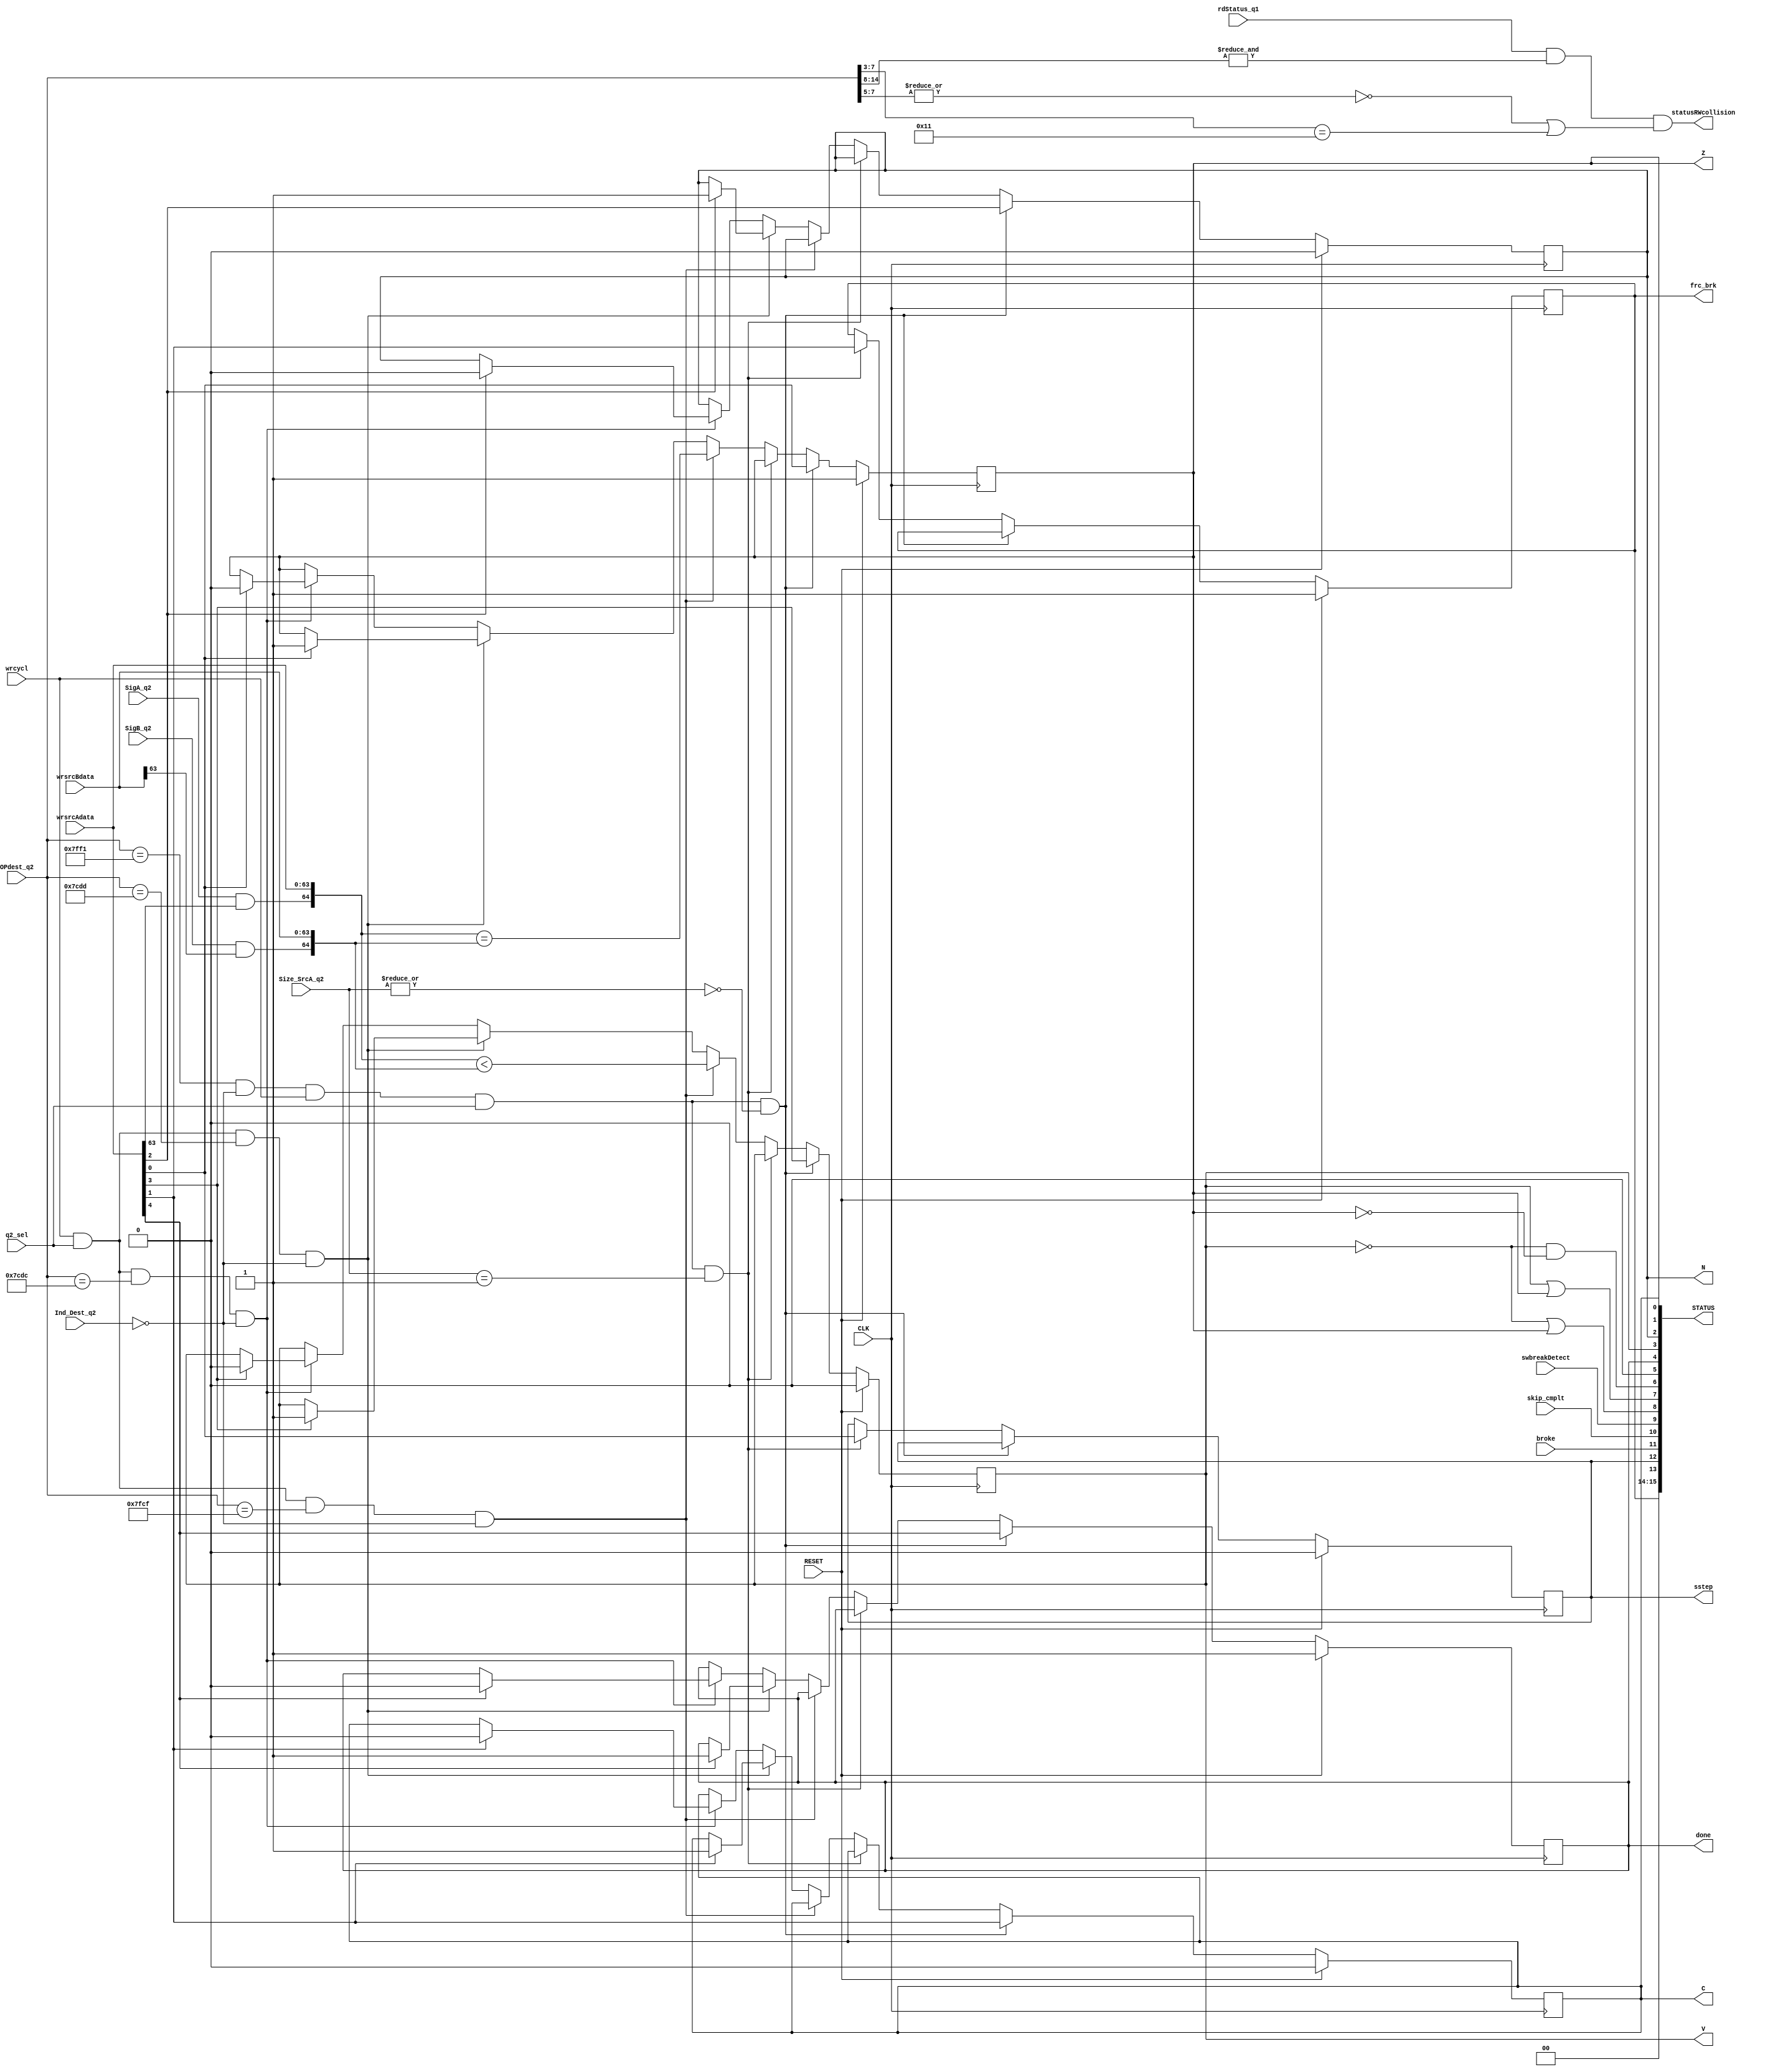
// STATUS_REG.v
//
// Version:  1.22  May 3, 2020
// Copyright (C) 2020.  All rights reserved.
//
////////////////////////////////////////////////////////////////////////////////////////////////////////////////////////
//                                                                                                                    //
//                                                 SYMPL Open-Source                                                  //
//                          HedgeHog Fused Spiking Neural Network Emulator/Compute Engine                             //
//                                    Evaluation and Product Development License                                      //
//                                                                                                                    //
//                                                                                                                    //
// Open-source means:  this source code and this instruction set ("this IP") may be freely downloaded, copied,        //
// modified, distributed and used in accordance with the terms and conditons of the licenses provided herein.         //
//                                                                                                                    //
// Provided that you comply with all the terms and conditions set forth herein, Jerry D. Harthcock ("licensor"),      //
// the original author and exclusive copyright owner of this HedgeHog Fused Spiking Neural Network Emulator/Compute   //
// Engine, including related development software ("this IP"), hereby grants recipient of this IP ("licensee"),       //
// a world-wide, paid-up, non-exclusive license to implement this IP within the programmable fabric of Xilinx Kintex  //
// Ultra Plus brand FPGAs--only--and used only for the purposes of evaluation, education, and development of end      //
// products and related development tools.                                                                            //
//                                                                                                                    //
// Furthermore, limited to the purposes of prototyping, evaluation, characterization and testing of implementations   //
// in a hard, custom or semi-custom ASIC, any university or institution of higher education may have their            //
// implementation of this IP produced for said limited purposes at any foundary of their choosing provided that such  //
// prototypes do not ever wind up in commercial circulation, with this license extending to such foundary and is in   //
// connection with said academic pursuit under the supervision of said university or institution of higher education. //
//                                                                                                                    //
// Any copying, distribution, customization, modification, or derivative work of this IP must include an exact copy   //
// of this license and original copyright notice at the very top of each source file and any derived netlist, and,    //
// in the case of binaries, a printed copy of this license and/or a text format copy in a separate file distributed   //
// with said netlists or binary files having the file name, "LICENSE.txt".  You, the licensee, also agree not to      //
// remove any copyright notices from any source file covered or distributed under this Evaluation and Product         //
// Development License.                                                                                               //
//                                                                                                                    //
// LICENSOR DOES NOT WARRANT OR GUARANTEE THAT YOUR USE OF THIS IP WILL NOT INFRINGE THE RIGHTS OF OTHERS OR          //
// THAT IT IS SUITABLE OR FIT FOR ANY PURPOSE AND THAT YOU, THE LICENSEE, AGREE TO HOLD LICENSOR HARMLESS FROM        //
// ANY CLAIM BROUGHT BY YOU OR ANY THIRD PARTY FOR YOUR SUCH USE.                                                     //
//                                                                                                                    //
// Licensor reserves all his rights, including, but in no way limited to, the right to change or modify the terms     //
// and conditions of this Evaluation and Product Development License anytime without notice of any kind to anyone.    //
// By using this IP for any purpose, licensee agrees to all the terms and conditions set forth in this Evaluation     //
// and Product Development License.                                                                                   //
//                                                                                                                    //
// This Evaluation and Product Development License does not include the right to sell products that incorporate       //
// this IP or any IP derived from this IP. If you would like to obtain such a license, please contact Licensor.       //
//                                                                                                                    //
// Licensor can be contacted at:  SYMPL.gpu@gmail.com or Jerry.Harthcock@gmail.com                                    //
//                                                                                                                    //
////////////////////////////////////////////////////////////////////////////////////////////////////////////////////////


 `timescale 1ns/100ps

module STATUS_REG (
    CLK,
    RESET,
    wrcycl,           
    q2_sel,
    OPdest_q2,
    rdStatus_q1,
    statusRWcollision,
    Ind_Dest_q2,
    SigA_q2,
    SigB_q2,
    Size_SrcA_q2,
    wrsrcAdata, 
    wrsrcBdata, 
    V,
    N,
    C,
    Z,
    done,
    STATUS,
    
    frc_brk,      
    broke,        
    sstep,        
    skip_cmplt,   
    swbreakDetect
);

input  CLK;
input  RESET;
input  wrcycl;           
input  q2_sel;
input  [14:0] OPdest_q2;
input rdStatus_q1;
input Ind_Dest_q2;
input SigA_q2;
input SigB_q2;
input [1:0] Size_SrcA_q2; 
input  [63:0] wrsrcAdata; 
input  [63:0] wrsrcBdata; 
output V;
output N;
output C;
output Z;
output done;
output [15:0] STATUS;
  
output statusRWcollision; 

output frc_brk;      
input broke;        
output sstep;        
input skip_cmplt;   
input swbreakDetect;

parameter ST_ADDRS        = 15'h7FF1;

parameter compare_ADDRS   = 15'h7FCF;     //integer compare address
parameter setDVNCZ_ADDRS  = 15'h7CDD;     
parameter clrDVNCZ_ADDRS  = 15'h7CDC;     


wire A_GTE_B;                //  bit 8   ;1 = (A>=B)  notV_or_Z           read-only
wire A_LTE_B;                //  bit 7   ;1 = (A<=B)  ZorV                read-only
wire A_GT_B;                 //  bit 6   ;1 = (A>B)   notV_and_notZ       read-only
                             //  bit 5 not used
reg done;                    //  bit 4
reg V;                       //  bit 3
reg N;                       //  bit 2
reg C;                       //  bit 1
reg Z;                       //  bit 0

reg  frc_brk;      
reg  sstep;  
wire broke;        
wire skip_cmplt;   
wire swbreakDetect;

wire statusRWcollision;
                                                                

wire Status_wren;     
assign Status_wren = ((OPdest_q2[14:0]==ST_ADDRS[14:0]) && ~Ind_Dest_q2 && wrcycl && q2_sel);

wire [15:0] STATUS;

assign statusRWcollision = rdStatus_q1 && &OPdest_q2[14:8] && (~|OPdest_q2[7:5] || (OPdest_q2[7:3]==5'b10001));

wire signed [64:0] compareAdata;
wire signed [64:0] compareBdata;  

assign compareAdata = {(SigA_q2 && wrsrcAdata[63]), wrsrcAdata};            
assign compareBdata = {(SigB_q2 && wrsrcBdata[63]), wrsrcBdata};            


assign  STATUS = {2'b0,
                  frc_brk       , //bit 13 setting this bit = 1 forces a hardware break on the processor
                                      //once set, the processor may be single-stepped
                                      //to exit h/w break mode, clear this bit and then issue a sstep to step out of h/w break mode
                                      //always remember to clear the sstep bit after setting it     
                  sstep         , //bit 12 setting this bit = 1 while in h/w break state causes the processor to single-step
                                  //  this bit must be explicitly cleared before another sstep   this bit is readable and writeable
                  broke         , //bit 11 1 = a hardware breakpoint has been encountered and processor is now in break state read-only       
                  skip_cmplt    , //bit 10 1 = an issued single-step command has been completed read-only  
                  swbreakDetect , //bit 9  1 = a software breakpoint has been encountered  read-only

                  A_GTE_B       , //bit 8   1 = (A>=B)  notV_or_Z           read-only
                  A_LTE_B       , //bit 7   1 = (A<=B)  ZorV                read-only
                  A_GT_B        , //bit 6   1 = (A>B)   notV_and_notZ       read-only
                  1'b0,
                  done          , //bit 4
                  V             , //bit 3   1 = (A<B)
                  N             , //bit 2
                  C             , //bit 1
                  Z               //bit 0   1 = (A==B)
                  }; 
                             
assign A_GTE_B = ~V ||  Z;
assign A_LTE_B =  V ||  Z;
assign A_GT_B  = ~V && ~Z;


always@(posedge CLK) begin
    if (RESET) begin
        frc_brk <= 1'b1;     //bit 13
        sstep   <= 1'b0;     //bit 12
        done    <= 1'b1;     //bit 4                                                                                  
        V       <= 1'b0;     //bit 3                                                                                  
        N       <= 1'b0;     //bit 2                                                                                  
        C       <= 1'b0;     //bit 1                                                                                  
        Z       <= 1'b1;     //bit 0                                                                                  
                                                                                                                                    
    end                                                                                            
    else begin                                                                                     
       
//integer & logical status bits
       if (Status_wren && ~|Size_SrcA_q2) { done, V, N, C, Z} <=  wrsrcAdata[4:0];  //size of source A must be 1 byte (code 3'b000)
       else if (Status_wren && (Size_SrcA_q2==3'b001)) {frc_brk, sstep} <= wrsrcAdata[1:0]; //size of source A must be 16-bits (code 3'b001)
       else if (wrcycl && q2_sel && (OPdest_q2[14:0]==compare_ADDRS) && ~Ind_Dest_q2) begin  //compare presently only affects Z and V flags
          Z <= (compareAdata==compareBdata);
          V <= (compareAdata < compareBdata);
       end
       else if (wrcycl && q2_sel && (OPdest_q2[14:0]==setDVNCZ_ADDRS) && ~Ind_Dest_q2)
           {done, 
           V,       
           N,       
           C,       
           Z} <= {(wrsrcAdata[4] ? 1'b1 : done),
                  (wrsrcAdata[3] ? 1'b1 : V),
                  (wrsrcAdata[2] ? 1'b1 : N),
                  (wrsrcAdata[1] ? 1'b1 : C),
                  (wrsrcAdata[0] ? 1'b1 : Z)};
       else if (wrcycl && q2_sel && (OPdest_q2[14:0]==clrDVNCZ_ADDRS) && ~Ind_Dest_q2)
           {done, 
           V,       
           N,       
           C,       
           Z} <= {(wrsrcAdata[4] ? 1'b0 : done),
                  (wrsrcAdata[3] ? 1'b0 : V),
                  (wrsrcAdata[2] ? 1'b0 : N),
                  (wrsrcAdata[1] ? 1'b0 : C),
                  (wrsrcAdata[0] ? 1'b0 : Z)};
              
    end  
 end  
    
  endmodule